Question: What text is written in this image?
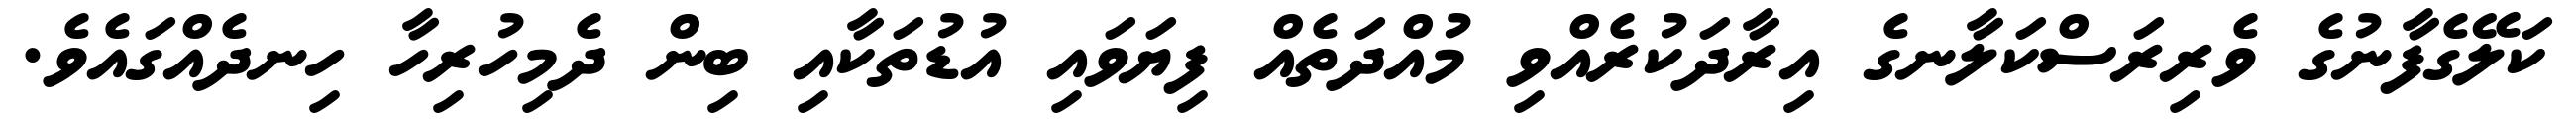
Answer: ކަލޭގެފާނުގެ ވެރިރަސްކަލާނގެ އިރާދަކުރެއްވި މުއްދަތެއް ފިޔަވައި އުޑުތަކާއި ބިން ދެމިހުރިހާ ހިނދެއްގައެވެ.